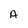
Character: A